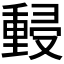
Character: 𰼜